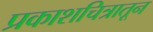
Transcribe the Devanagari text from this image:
प्रकाशचित्रातून